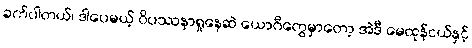
ခက်ပါတယ်၊ ဒါပေမယ့် ဝိပဿနာရှုနေဆဲ ယောဂီတွေမှာတော့ အဲဒီ မေထုန်ငယ်နှင့်